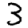
Digit: 3